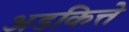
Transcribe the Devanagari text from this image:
अडकित्ते